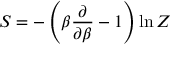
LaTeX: S = - \left( \beta \frac { \partial } { \partial \beta } - 1 \right) \ln Z